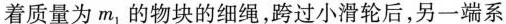
着质量为m_{1}的物块的细绳，跨过小滑轮后，另一端系